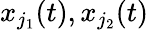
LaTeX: x_{j_{1}}(t),x_{j_{2}}(t)